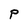
Character: P